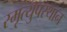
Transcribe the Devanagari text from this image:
स्मृत्युपस्थान